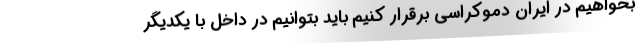
بخواهیم در ایران دموکراسی برقرار کنیم باید بتوانیم در داخل با یکدیگر